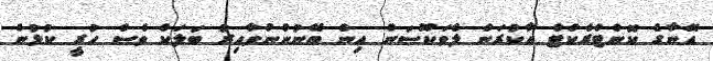
އޭނާގެ ކޮންޓްރެކްޓް އާކުރަން ލެވަކޫސަން އިން ބޭނުންނުވާއިރު ބަލަކް ވެސް ހުރީ ކުޅުން